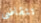
تتقاضى